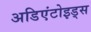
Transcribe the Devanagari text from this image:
अडिएंटोइड्स